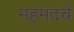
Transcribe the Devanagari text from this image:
महंमदचे